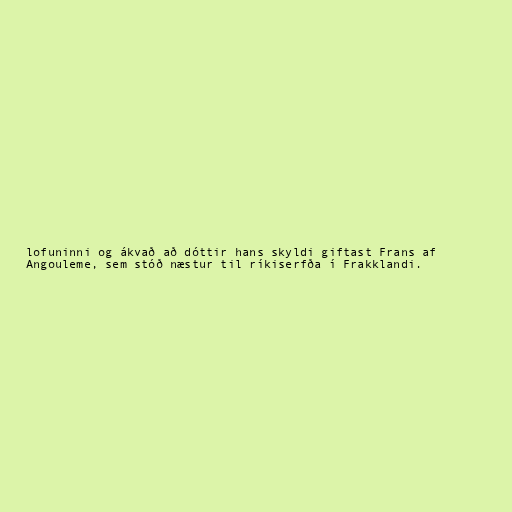
lofuninni og ákvað að dóttir hans skyldi giftast Frans af
Angouleme, sem stóð næstur til ríkiserfða í Frakklandi.